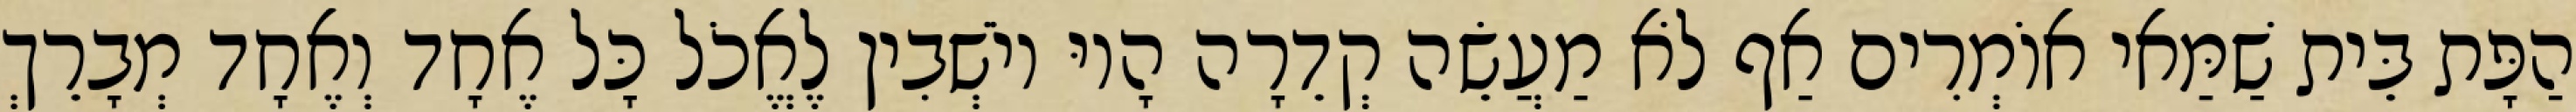
הַפָּת בֵּית שַׁמַּאי אוֹמְרִים אַף לֹא מַעֲשֵׂה קְדֵרָה הָיוּ יוֹשְׁבִין לֶאֱכֹל כָּל אֶחָד וְאֶחָד מְבָרֵךְ